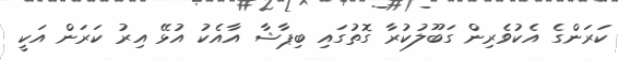
ކަރަންގެ އެކުވެރިން ގަބޫލުކުރާ ގޮތުގައި ބިޕާޝާ އާއެކު އުޅޭ އިރު ކަރަން އަކީ